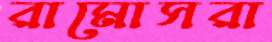
রামোসরা